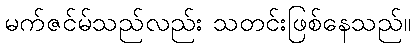
မက်ဇင်မ်သည်လည်း သတင်းဖြစ်နေသည်။